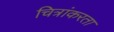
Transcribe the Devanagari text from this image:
चित्रांकरता